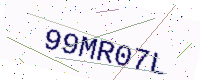
Text: 99MR07L